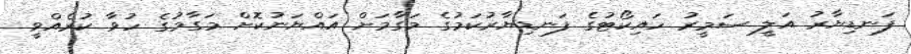
ފަނޑިޔާރު އަލީ ސަމީރު ހައިކޯޓުގެ ފަނޑިޔާރުކަމުގެ މަގާމަށް އައްޔަނުކޮށް މަގާމުގެ ހުވާ ކުރެއްވީ